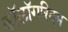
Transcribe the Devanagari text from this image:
कॉलॉगरिदम